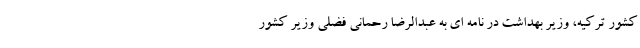
کشور ترکیه، وزیر بهداشت در نامه ای به عبدالرضا رحمانی فضلی وزیر کشور